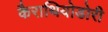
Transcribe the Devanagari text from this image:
कैराथियोडोरी